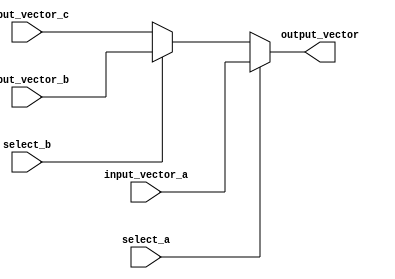
module VectorContinuousAssignment (
    input wire [7:0] input_vector_a,  // 8-bit input vector A
    input wire [7:0] input_vector_b,  // 8-bit input vector B
    input wire [7:0] input_vector_c,  // 8-bit input vector C
    input wire select_a,               // Select signal for input A
    input wire select_b,               // Select signal for input B
    output wire [7:0] output_vector     // 8-bit output vector
);

// Continuous assignment using a combinatorial logic to drive output_vector
assign output_vector = (select_a) ? input_vector_a : 
                       (select_b) ? input_vector_b : 
                       input_vector_c;  // Default to input_vector_c

endmodule